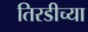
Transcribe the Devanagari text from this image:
तिरडीच्या